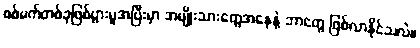
စစ်မက်တစ်ခုဖြစ်ပွားမှုအပြီးမှာ အမျိုးသားတွေအနေနဲ့ ဘာတွေ ဖြစ်လာနိုင်သလဲ။